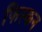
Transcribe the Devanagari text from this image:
फिस्कन